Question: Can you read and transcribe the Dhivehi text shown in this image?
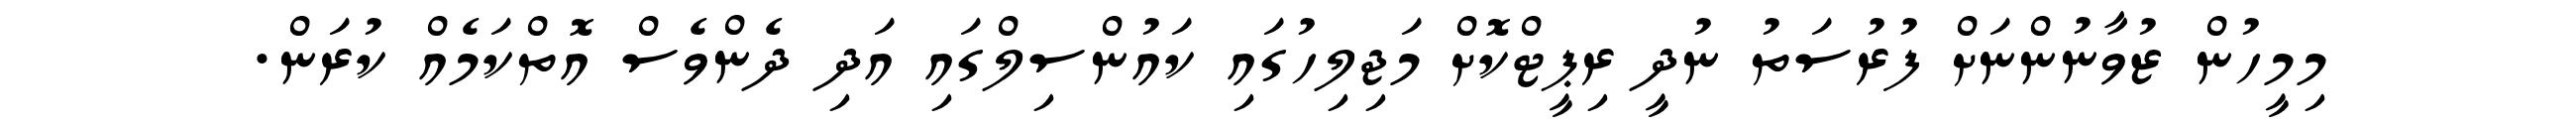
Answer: މިމީހުން ޒުވާނުންނަށް ފުރުސަތު ނުދީ ރިޕީޓްކޮށް މަޖިލިހުގައި ކައުންސިލްގައި އަދި ދެންވެސް އޮތްކަމެއް ކުރަން.